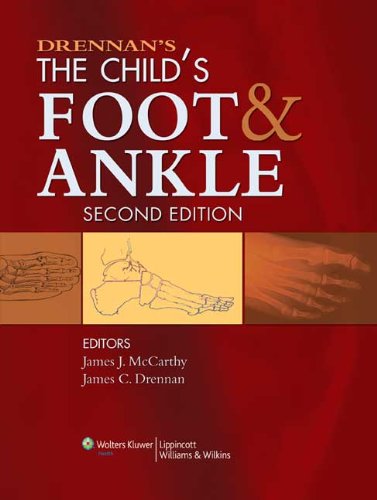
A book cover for Drennan's The Child's Foot and Ankle; Medical Books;